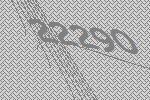
22290